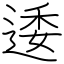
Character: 逶